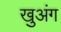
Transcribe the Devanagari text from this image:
खुअंग